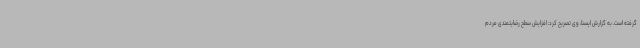
گرفته است. به گزارش ایسنا، وی تصریح کرد: افزایش سطح رضایتمندی مردم